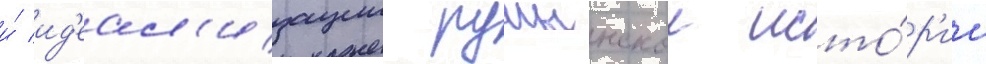
и́ ид'еал'изации румынскои исто́р'ии